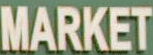
MARKET